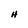
Character: H